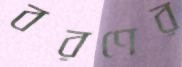
বরণের